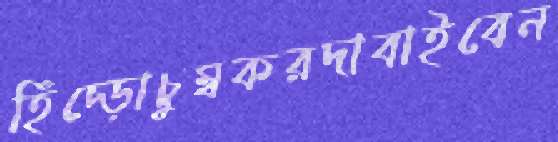
হিঁচ্‌ড়োচুম্বকরদাবাইবেন